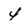
Character: 4